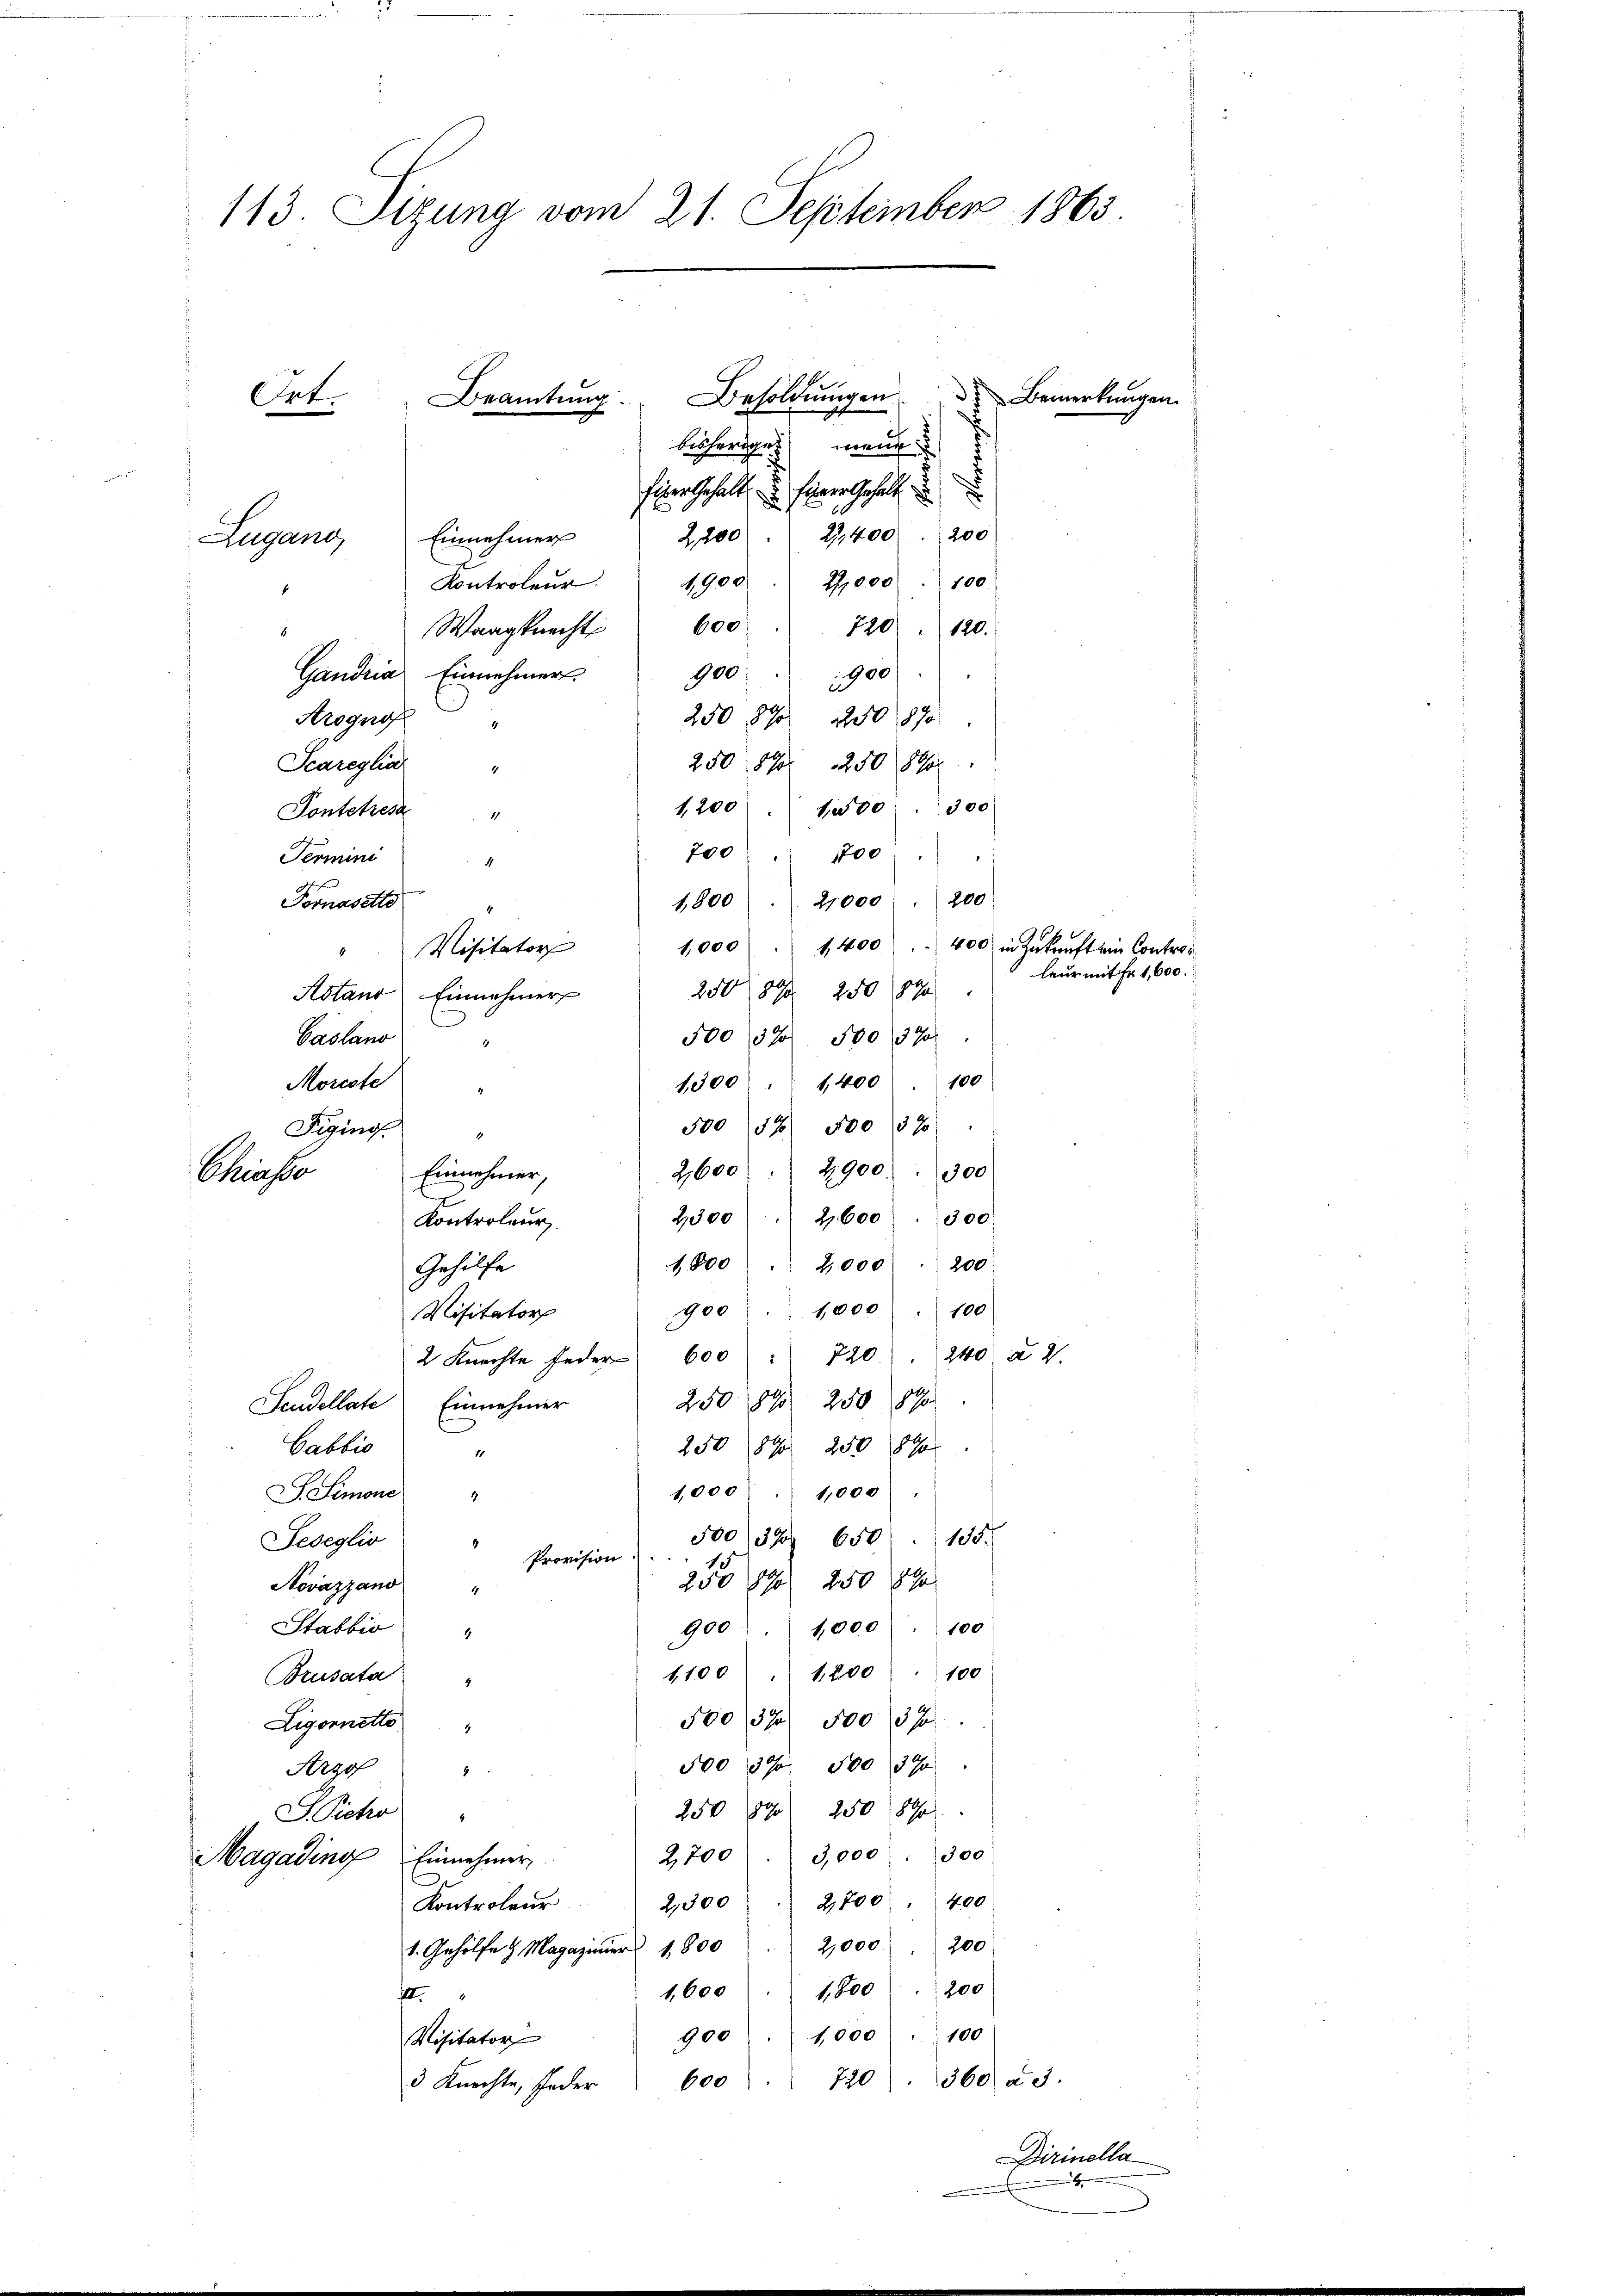
113. Sizung vom 21. September 1863.
Besoldŭngen Bemerkungen
Beamtung.
Ort.
Lähere man

.
figer Gehalt u. ferner Gehalt
u
2,200 " 22,400 (200
Einnehmer
Lugand,
100.
1,900. 27,000
Kontroleur.
Waagknecht 600. 720 " 120.
Gandria. Einnehmers
900 " 900
250 1890 1250 890
Arognos
250 890. 250 1890.
Scaregliar "
1,200 " 1000. 300
Pontetres
17
200. 100)
Termini
4
Fornasette
1800. 21000 . 200
1,000 " 1400. 400 in Zŭkŭnft ein Controi
Visitator
250 1890 250 1890
Astand Einnahmer
50032 500 390
Gaslano
1
Morcote
1300 : 1,400) 100
500 57. 500 37)
Figino.
4900. 300
2,600
Einnehmer,
2300 " " 2,600. 300
Kontroleur
1800  2,000. 200
Gehilfe
900. 1000 . 100
Visitator
240 n 2.
2 Knechte Feder 600 " 720
250 1890 250 890
Scudellate Einnehmer
250 84 250 1890
Cabbio
.
1,000
1,000
D. Simone
500 (32 650 135.
Teseglio
4
Provision
250 S. 250 1890
Novazzano "
100
900 " " 1000
Stabbio "
1,100 " 1200 " 100
Brusata
50037 500 370.
Ligornetto
4
50039 500 39
Negg
4
250 1890 250 890
J Pietro
2700 3,000 300
Magading Einnehmer,
2,800. 400
2,300
Kontroleur
1. Gehölfe & Magaziner 1800 " 2,000 . 200
1,600 1,800    200
4
1,000 " 100
Misitator
900
360 n 3.
720
3 Knechte, Inder 600

Chiasso

leur mit Fr. 1,600.

Dirinella
.